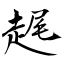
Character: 趘